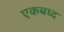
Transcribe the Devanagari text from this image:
एकबध्द